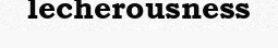
lecherousness